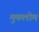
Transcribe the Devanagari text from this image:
मुकलोम